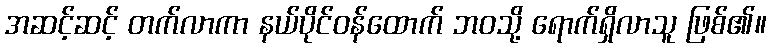
အဆင့်ဆင့် တက်လာကာ နယ်ပိုင်ဝန်ထောက် ဘဝသို့ ရောက်ရှိလာသူ ဖြစ်၏။